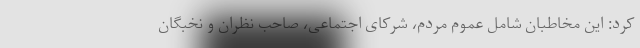
کرد: این مخاطبان شامل عموم مردم، شرکای اجتماعی، صاحب نظران و نخبگان